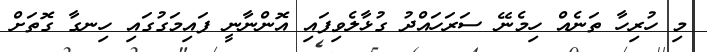
މި ހުރިހާ ތަނެއް ހިިމެނޭ ސަރަހައްދު ގުޅާލެވިފައި އޮންނާނީ ފައިމަގުގައި ހިނގާ ގޮތަށް